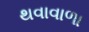
થવાવાળા